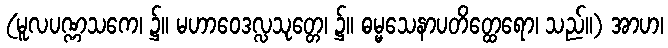
(မူလပဏ္ဏသကေ၊ ၌။ မဟာဝေဒလ္လသုတ္တေ၊ ၌။ ဓမ္မသေနာပတိတ္ထေရော၊ သည်။) အာဟ၊